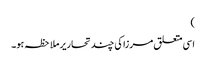
)
اسی متعلق مرزا کی چند تحاریر ملاحظہ ہو۔